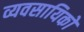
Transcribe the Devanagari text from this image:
व्यवसायिको